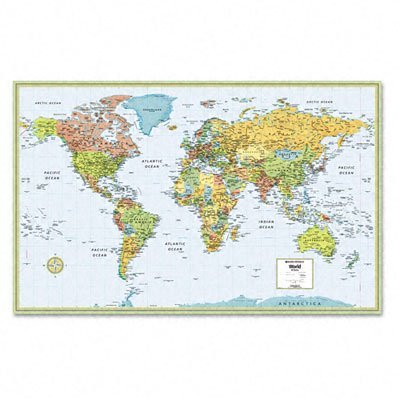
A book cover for World Wall Map Deluxe Laminated 50" x 32" (M Series Map of the World); Rand Mcnally; Reference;